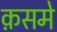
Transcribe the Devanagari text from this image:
क़समे